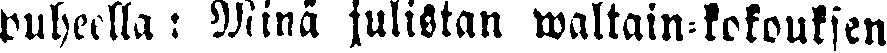
puheella: Minä julistan waltain-kokouksen